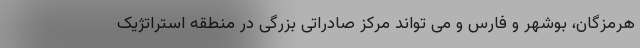
هرمزگان، بوشهر و فارس و می تواند مرکز صادراتی بزرگی در منطقه استراتژیک